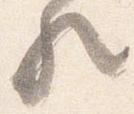
歟